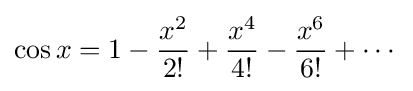
\cos x=1-{\frac {x^{2}}{2!}}+{\frac {x^{4}}{4!}}-{\frac {x^{6}}{6!}}+\cdots